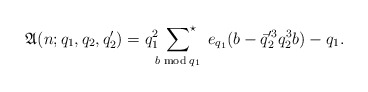
\begin{align*}\mathfrak{A}(n;q_1,q_2,q_2')=q_1^2\sideset{}{^\star}\sum_{b\bmod{q_1}}\;e_{q_1}(b-\bar{q}_2'^3q_2^3 b)-q_1.\end{align*}